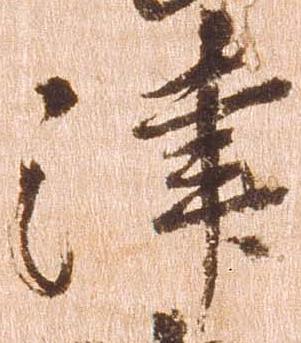
津